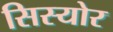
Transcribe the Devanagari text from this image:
सिस्योर